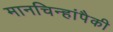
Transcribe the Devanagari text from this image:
मानचिन्हांपैकी